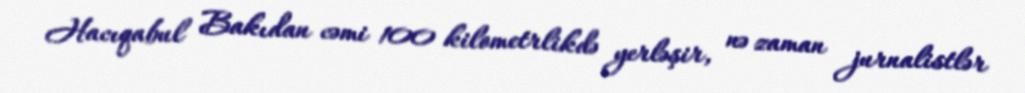
Hacıqabul Bakıdan cəmi 100 kilometrlikdə yerləşir, nə zaman jurnalistlər